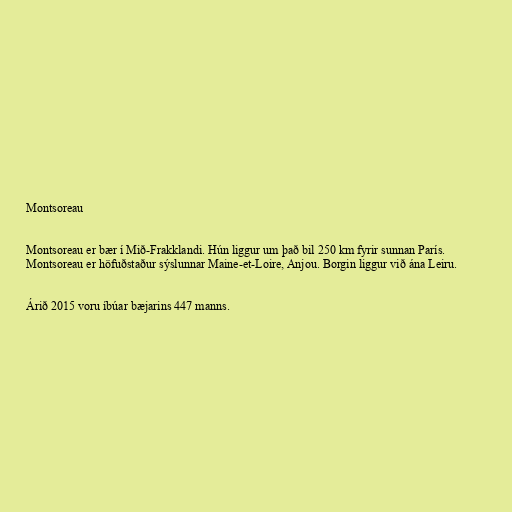
Montsoreau

Montsoreau er bær í Mið-Frakklandi. Hún liggur um það bil 250 km fyrir sunnan París.
Montsoreau er höfuðstaður sýslunnar Maine-et-Loire, Anjou. Borgin liggur við ána Leiru.

Árið 2015 voru íbúar bæjarins 447 manns.